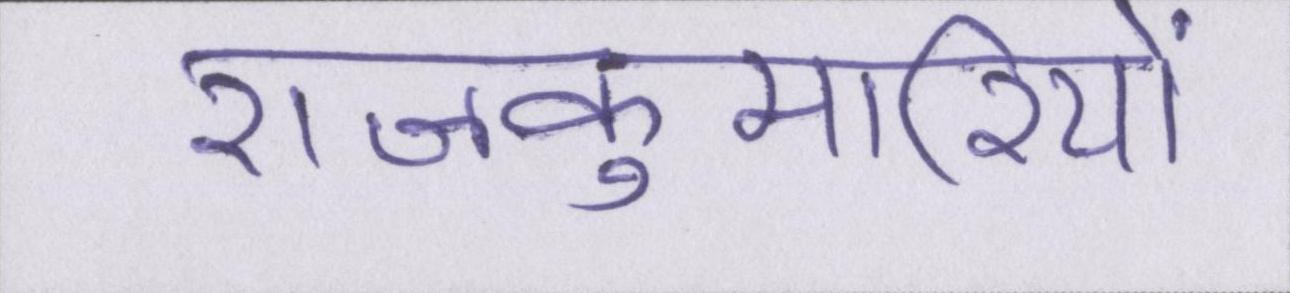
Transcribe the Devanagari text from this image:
राजकुमारियों